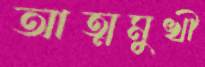
আত্মমুখী